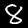
Label: 8